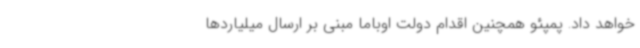
خواهد داد. پمپئو همچنین اقدام دولت اوباما مبنی بر ارسال میلیاردها